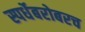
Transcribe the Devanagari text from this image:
स्पर्धेबरोबरच